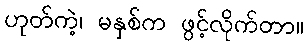
ဟုတ်ကဲ့၊ မနှစ်က ဖွင့်လိုက်တာ။